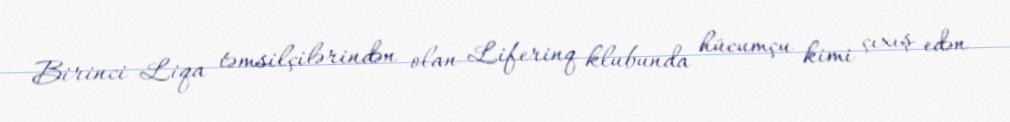
Birinci Liqa təmsilçilərindən olan Liferinq klubunda hücumçu kimi çıxış edən